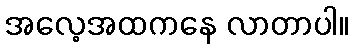
အလေ့အထကနေ လာတာပါ။